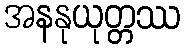
အနနုယုတ္တဿ